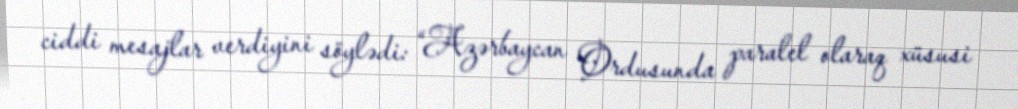
ciddi mesajlar verdiyini söylədi: “Azərbaycan Ordusunda paralel olaraq xüsusi